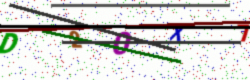
Text: D20X7